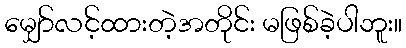
မျှော်လင့်ထားတဲ့အတိုင်း မဖြစ်ခဲ့ပါဘူး။